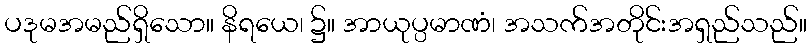
ပဒုမအမည်ရှိသော။ နိရယေ၊ ၌။ အာယုပ္ပမာဏံ၊ အသက်အတိုင်းအရှည်သည်။